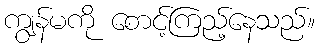
ကျွန်မကို စောင့်ကြည့်နေသည်။